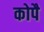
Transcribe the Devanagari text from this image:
कोपै